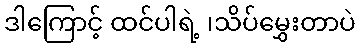
ဒါကြောင့် ထင်ပါရဲ့ ၊သိပ်မွှေးတာပဲ